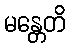
မန္တေတိ